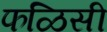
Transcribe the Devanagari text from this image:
फळिसी